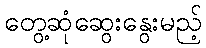
တွေ့ဆုံဆွေးနွေးမည့်